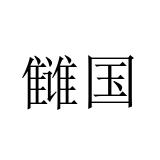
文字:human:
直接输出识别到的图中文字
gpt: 雠国